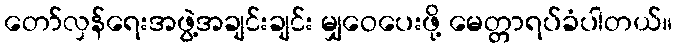
တော်လှန်ရေးအဖွဲ့အချင်းချင်း မျှဝေပေးဖို့ မေတ္တာရပ်ခံပါတယ်။